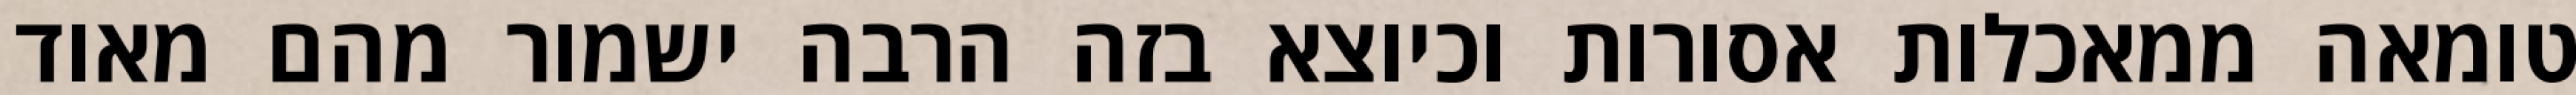
טומאה ממאכלות אסורות וכיוצא בזה הרבה ישמור מהם מאוד